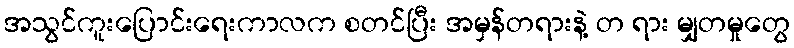
အသွင်ကူးပြောင်းရေးကာလက စတင်ပြီး အမှန်တရားနဲ့ တ ရား မျှတမှုတွေ